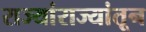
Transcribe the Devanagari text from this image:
राज्यांराज्यांतून